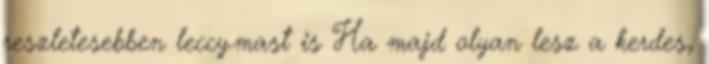
reszletesebben leccy.mast is Ha majd olyan lesz a kerdes,